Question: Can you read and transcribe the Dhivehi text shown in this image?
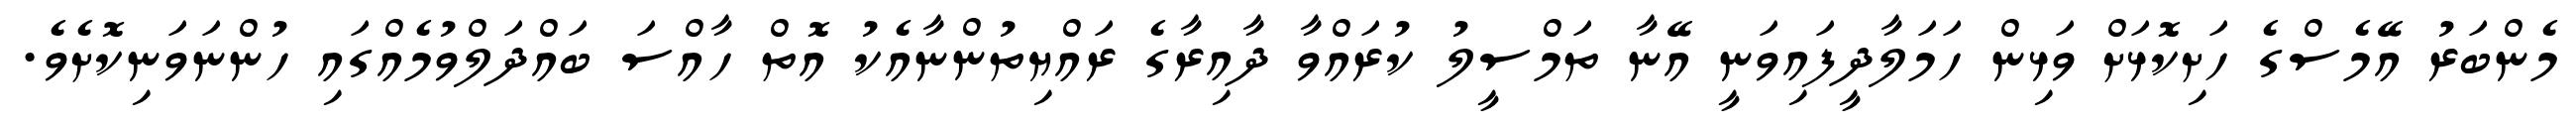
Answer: މެންބަރު އޭމެސްގެ ހަށިކޮޅަށް ވަޅިން ހަމަލާދީފައިވަނީ އޭނާ ތަމްސީލު ކުރައްވާ ދާއިރާގެ ރައްޔިތުންނާއެކު އޮތް ހާއްސަ ބައްދަލްވުމެއްގައި ހުންނަވަނިކޮށެވެ.